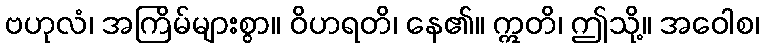
ဗဟုလံ၊ အကြိမ်များစွာ။ ဝိဟရတိ၊ နေ၏။ ဣတိ၊ ဤသို့။ အဝေါစ၊